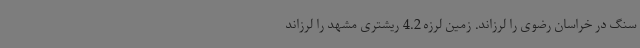
سنگ در خراسان رضوی را لرزاند. زمین لرزه 4.2 ریشتری مشهد را لرزاند